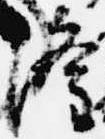
隆